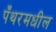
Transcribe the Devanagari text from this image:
पँथरमधील